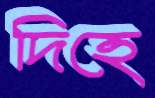
দিহে